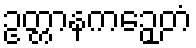
ဥတ္တာနကဉှေတံ